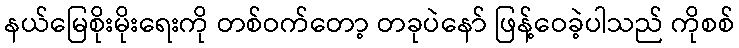
နယ်မြေစိုးမိုးရေးကို တစ်ဝက်တော့ တခုပဲနော် ဖြန့်ဝေခဲ့ပါသည် ကိုစစ်